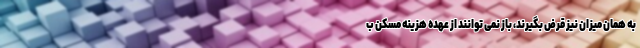
به همان میزان نیز قرض بگیرند، باز نمی توانند از عهده هزینه مسکن ب